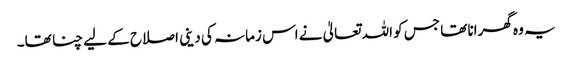
یہ وہ گھرانا تھا جس کو اللہ تعالیٰ نے اس زمانہ کی دینی اصلاح کے لیے چنا تھا۔